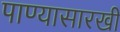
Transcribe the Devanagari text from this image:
पाण्यासारखी